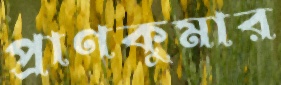
প্রাণকুমার